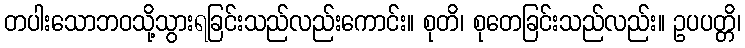
တပါးသောဘဝသို့သွားရခြင်းသည်လည်းကောင်း။ စုတိ၊ စုတေခြင်းသည်လည်း။ ဥပပတ္တိ၊